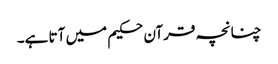
چنانچہ قرآن حکیم میں آتا ہے۔